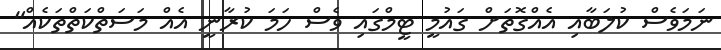
ނަމަވެސް ކުލަބާއި އެއްގޮތަށް ގައުމީ ޓީމްގައި ވެސް ހަމަ ކުރާނީ އެއް މަސަތްކަތްތަކެއް"